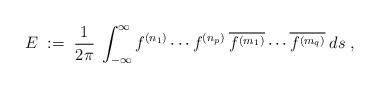
LaTeX: \begin{align*}E \;:=\; \frac{1}{2 \pi} \:\int_{-\infty}^\infty f^{(n_1)} \cdots f^{(n_p)}\: \overline{f^{(m_1)}} \cdots \overline{f^{(m_q)}} \: ds \;,\end{align*}